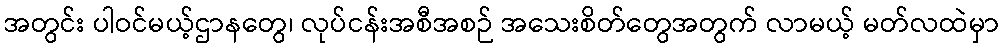
အတွင်း ပါဝင်မယ့်ဌာနတွေ၊ လုပ်ငန်းအစီအစဉ် အသေးစိတ်တွေအတွက် လာမယ့် မတ်လထဲမှာ